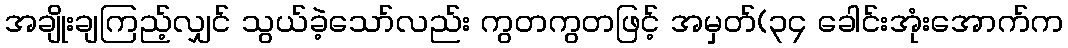
အချိုးချကြည့်လျှင် သွယ်ခဲ့သော်လည်း ကွတကွတဖြင့် အမှတ်(၃၄ ခေါင်းအုံးအောက်က